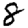
Digit: 8